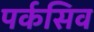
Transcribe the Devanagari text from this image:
पर्कसिव